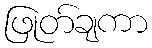
ဖြုတ်ချကာ